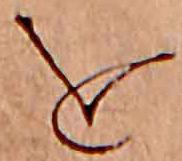
を